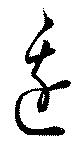
辺